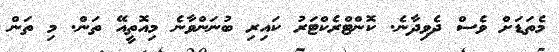
މެތަޑަށް ވެސް ދެވިދާނެ. ކޮންޓްރެކްޓަރު ކައިރި ބުނަންވާނެ މިއޮތީއޭ ތަން. މި ތަން